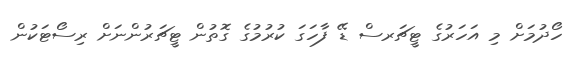
ހޯދުމަށް މި އަހަރުގެ ޓީޗަރސް ޑޭ ފާހަގަ ކުރުމުގެ ގޮތުން ޓީޗަރުންނަށް ރިސޯޓަކުން